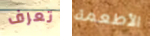
تعرف الأطعمة